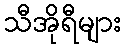
သီအိုရီများ